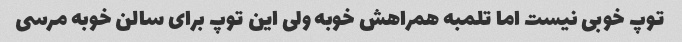
توپ خوبی نیست اما تلمبه همراهش خوبه ولی این توپ برای سالن خوبه مرسی